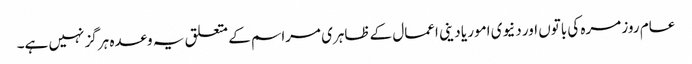
عام روز مرہ کی باتوں اور دنیوی امور یا دینی اعمال کے ظاہری مراسم کے متعلق یہ وعدہ ہرگز نہیں ہے۔